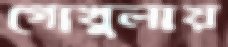
গোখুলায়